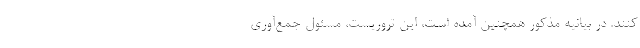
کنند. در بیانیه مذکور همچنین آمده است، این تروریست، مسئول جمع‌آوری